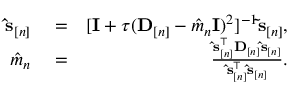
\begin{array} { r l r } { \ensuremath { \mathbf { \hat { s } } } _ { [ n ] } } & { { } = } & { [ { \mathbf I } + \tau ( { \bf D } _ { [ n ] } - \hat { m } _ { n } { \mathbf I } ) ^ { 2 } ] ^ { - 1 } \ensuremath { \mathbf { \tilde { s } } } _ { [ n ] } , } \\ { \hat { m } _ { n } } & { { } = } & { \frac { \ensuremath { \mathbf { \hat { s } } } _ { [ n ] } ^ { \top } \mathbf D _ { [ n ] } \ensuremath { \mathbf { \hat { s } } } _ { [ n ] } } { \ensuremath { \mathbf { \hat { s } } } _ { [ n ] } ^ { \top } \ensuremath { \mathbf { \hat { s } } } _ { [ n ] } } . } \end{array}